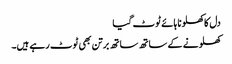
دل کا کھلونا ہائے ٹوٹ گیا
کھلونے کے ساتھ ساتھ برتن بھی ٹوٹ رہے ہیں۔